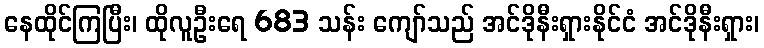
နေထိုင်ကြပြီး၊ ထိုလူဦးရေ 683 သန်း ကျော်သည် အင်ဒိုနီးရှားနိုင်ငံ အင်ဒိုနီးရှား၊